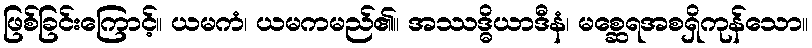
ဖြစ်ခြင်းကြောင့်။ ယမကံ၊ ယမကမည်၏။ အဿဒ္ဓိယာဒီနံ၊ မစ္ဆေရအစရှိကုန်သော။